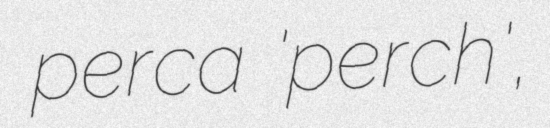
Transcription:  perca 'perch',